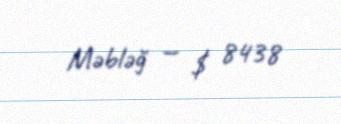
Məbləğ — $ 8438